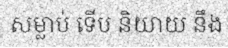
សម្លាប់ ទើប និយាយ នឹង